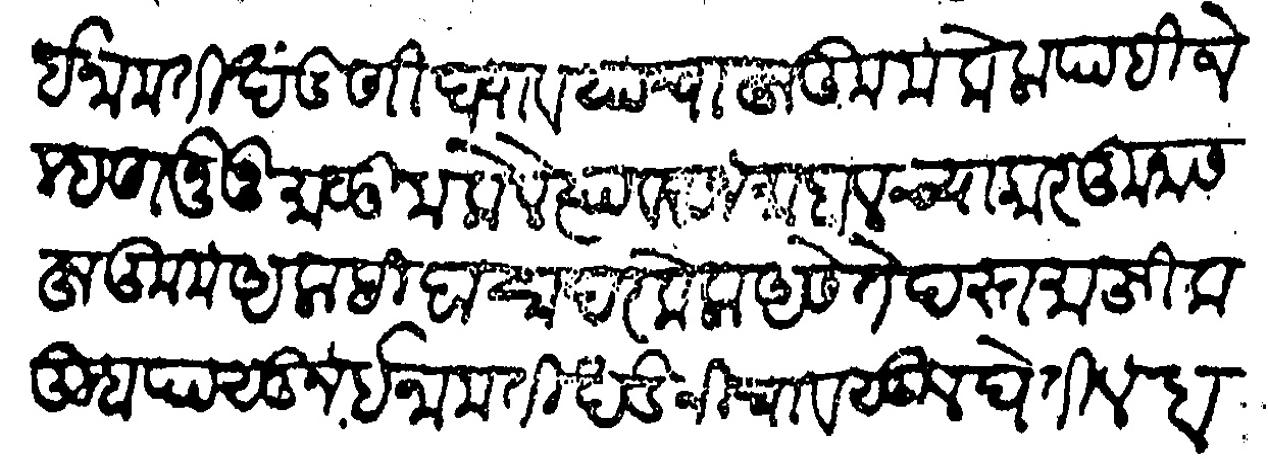
Transliteration (Devanagari): ईनामती खंडणी घयावयाचा हुकुम केला पाहिजे म्हणवूनू माळीम केले त्यावरून माहालच्या कारकूनास हुकुम आलाहीदा सादर केला असे ते दस्त माफिक तुम्हापासून ईनामती खंडनीचा वसूल घेतील बहुत